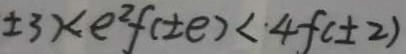
\pm 3 ) < e ^ { 2 } f ( \pm e ) < 4 f ( \pm 2 )